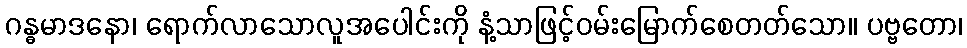
ဂန္ဓမာဒနော၊ ရောက်လာသောလူအပေါင်းကို နံ့သာဖြင့်ဝမ်းမြောက်စေတတ်သော။ ပဗ္ဗတော၊